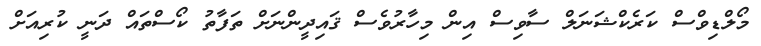
މޯލްޑިވްސް ކަރެކްޝަނަލް ސާވިސް އިން މިހާރުވެސް ޤައިދީންނަށް ތަފާތު ކޯސްތައް ދަނީ ކުރިއަށް